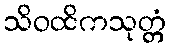
သိဝထိကသုတ္တံ